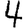
Digit: 4